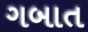
ગબાત